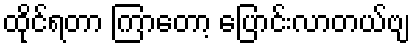
ထိုင်ရတာ ကြာတော့ ပြောင်းလာတယ်ဗျ